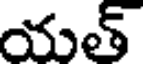
యత్